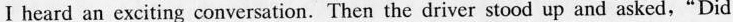
Ⅰ heard an exciting conversation. Then the driver stood up and asked, "Did